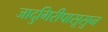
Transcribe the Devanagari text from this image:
जादुगिरीपासूसुन